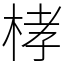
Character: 㭳